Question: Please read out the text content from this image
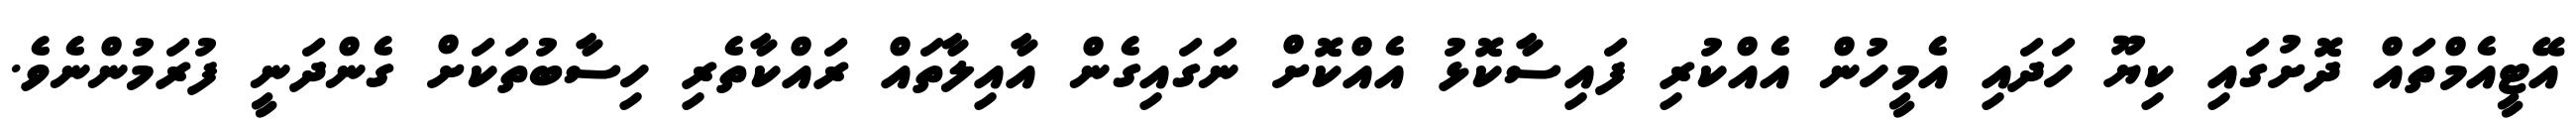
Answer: އޭޓީއެމްތައް ދޮށުގައި ކިޔޫ ހަދައި އެމީހުން އެއްކުރި ފައިސާކޮޅު އެއްކޮށް ނަގައިގެން އާއިލާތައް ރައްކާތެރި ހިސާބުތަކަށް ގެންދަނީ ފުރަމުންނެވެ.